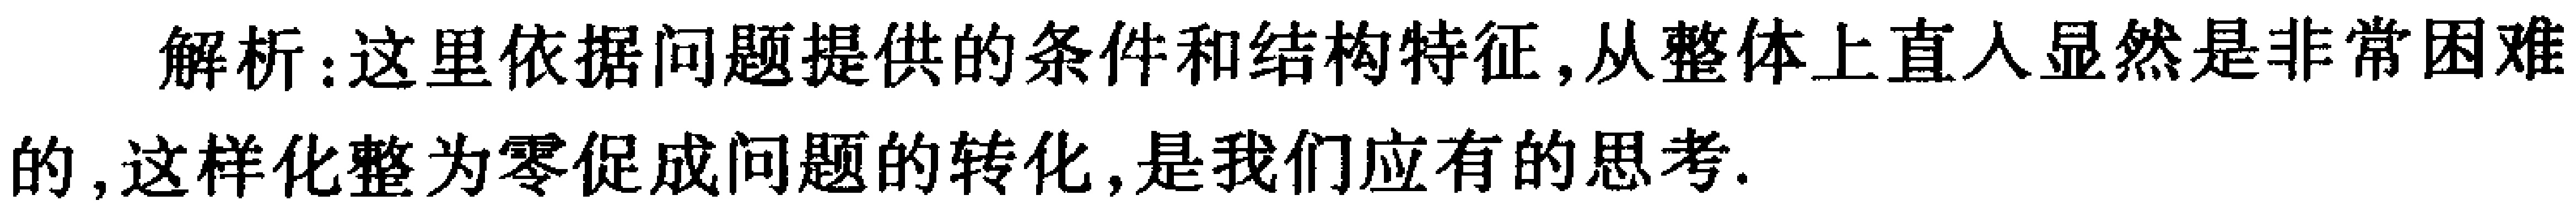
解析：这里依据问题提供的条件和结构特征,从整体上直入显然是非常困难的,这样化整为零促成问题的转化,是我们应有的思考.